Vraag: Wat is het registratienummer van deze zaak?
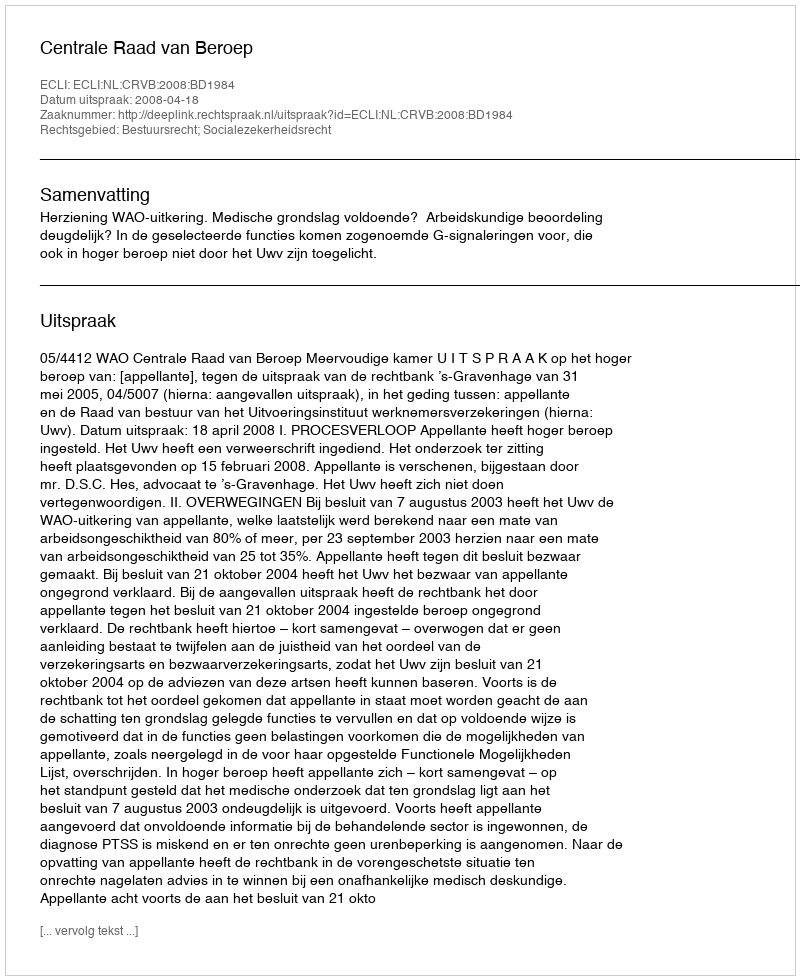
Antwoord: http://deeplink.rechtspraak.nl/uitspraak?id=ECLI:NL:CRVB:2008:BD1984